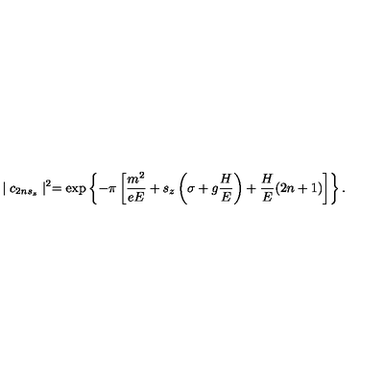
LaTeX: \mid c _ { 2 n s _ { z } } \mid ^ { 2 } = \exp \left\{ - \pi \left[ \frac { m ^ { 2 } } { e E } + s _ { z } \left( \sigma + g \frac H E \right) + \frac H E ( 2 n + 1 ) \right] \right\} .